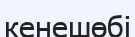
кенешөбі